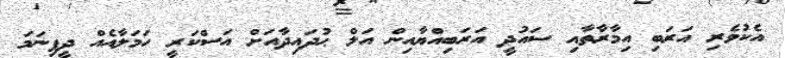
އެކުވެރި އަރަބި އިމާރާތާއި ސައުދީ އަރަބިއްޔާއިން އަލް ޙުދައިދާއަށް އަސްކަރީ ހަމަލާއެއް ދީފިނަމަ